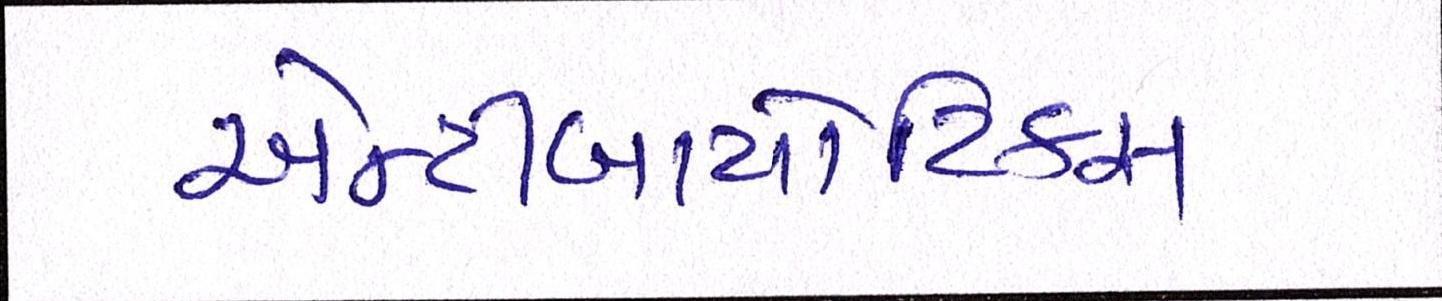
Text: એન્ટીબાયોટિકસ